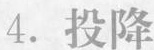
4.投降